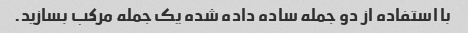
با استفاده از دو جمله ساده داده شده یک جمله مرکب بسازید.